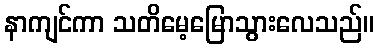
နာကျင်ကာ သတိမေ့မြောသွားလေသည်။